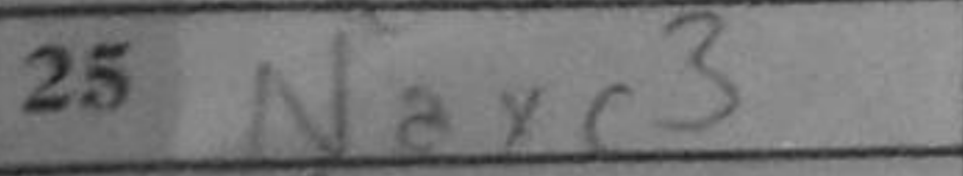
Transcription: Naxc3